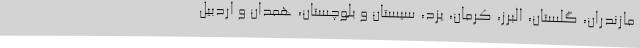
مازندران، گلستان، البرز، کرمان، یزد، سیستان و بلوچستان، همدان و اردبیل